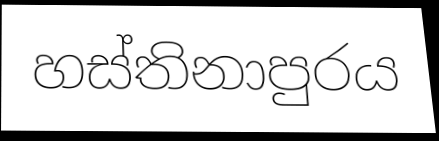
හස්තිනාපුරය